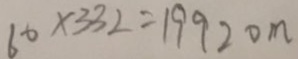
6 0 \times 3 3 2 = 1 9 9 2 0 m